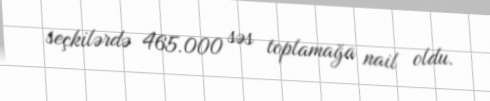
seçkilərdə 465.000 səs toplamağa nail oldu.